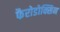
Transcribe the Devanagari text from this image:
फैरोडोक्सिन